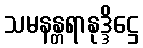
သမနန္တရာနုဒ္ဒိဋ္ဌေ